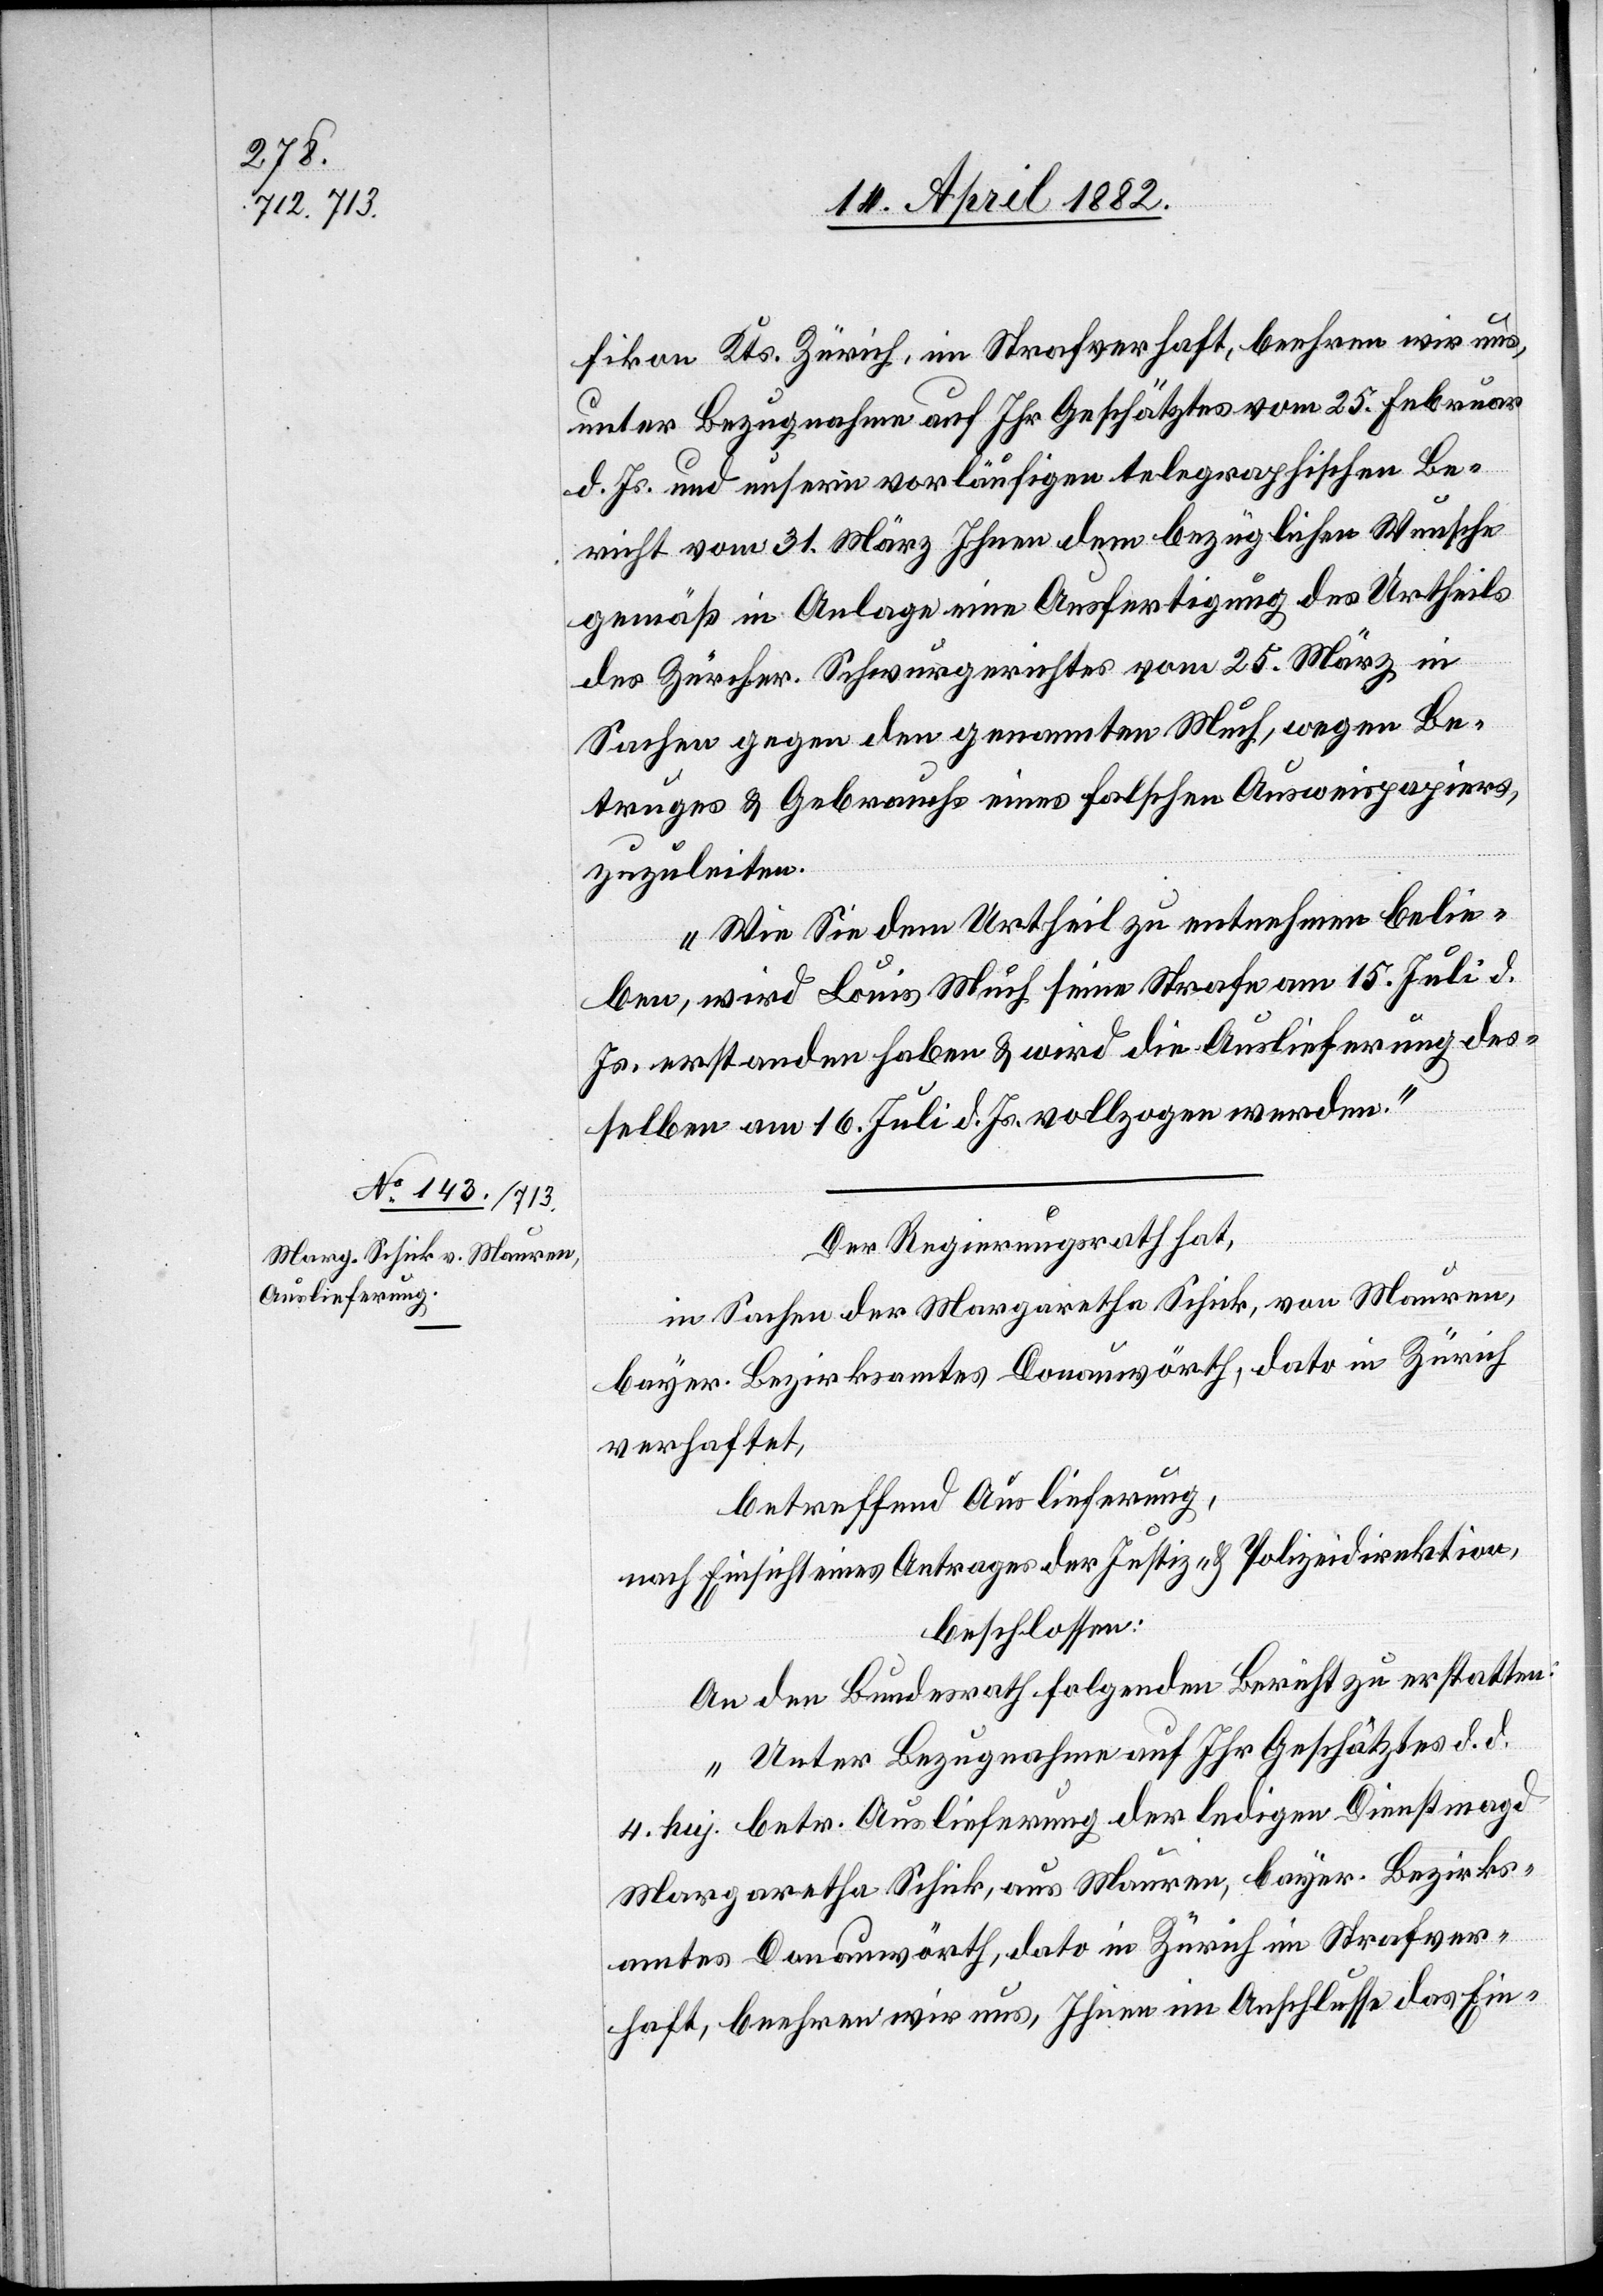
20. April 1882.]
fikon Kts. Zürich, im Strafverhaft, beehren wir uns,
unter Bezugnahme auf Ihr Geschätztes vom 25. Februar
d. Js. und unsern vorläufigen telegraphischen Be¬
richt vom 31. März Ihnen dem bezüglichen Wunsche
gemäß in Anlage eine Ausfertigung des Urtheils
des Zürcher. Schwurgerichtes vom 25. März in
Sachen gegen den genannten Much, wegen Be¬
truges & Gebrauchs eines falschen Ausweispapiers,
zuzuleiten.
Wie Sie dem Urtheil zu entnehmen belie¬
ben, wird Louis Much seine Strafe am 15. Juli d.
Js. erstanden haben & wird die Auslieferung des¬
selben am 16. Juli d. Js. vollzogen werden.“
Der Regierungsrath hat,
in Sachen der Margaretha Schick, von Mauren,
bayer. Bezirksamtes Donauwörth, dato in Zürich
verhaftet,
betreffend Auslieferung,
nach Einsicht eines Antrages der Justiz- & Polizeidirektion,
beschlossen:
An den Bundesrath folgenden Bericht zu erstatten:
„Unter Bezugnahme auf Ihr Geschätztes d. d.
4. huj. betr. Auslieferung der ledigen Dienstmagd
Margaretha Schick, aus Mauren, bayer. Bezirks¬
amtes Donauwörth, dato in Zürich im Strafver¬
haft, beehren wir uns, Ihnen im Anschlusse das Ein-